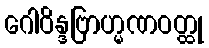
ဂေါဝိန္ဒဗြာဟ္မဏဝတ္ထု